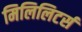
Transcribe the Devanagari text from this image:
मिलिलिटर्स